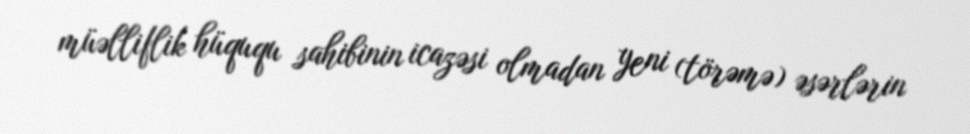
müəlliflik hüququ sahibinin icazəsi olmadan yeni (törəmə) əsərlərin